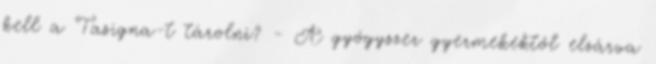
kell a Tasigna-t tárolni? - A gyógyszer gyermekektől elzárva